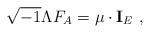
LaTeX: \begin{align*} \sqrt{-1}\Lambda F_A=\mu\cdot {\bf I}_{E}\ ,\end{align*}